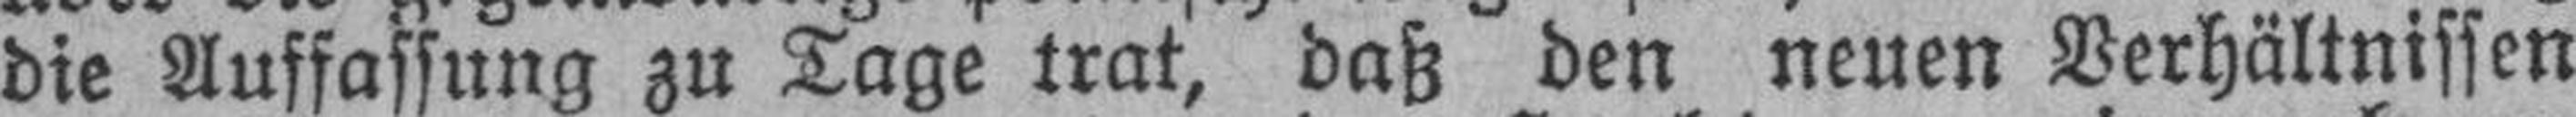
die Auffassung zu Tage trat, daß den neuen Verhältnissen